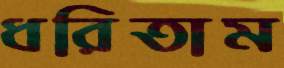
ধরিতাম